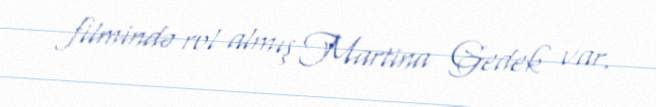
filmində rol almış Martina Gedek var.